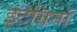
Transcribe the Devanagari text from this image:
इंटेग्रिनों